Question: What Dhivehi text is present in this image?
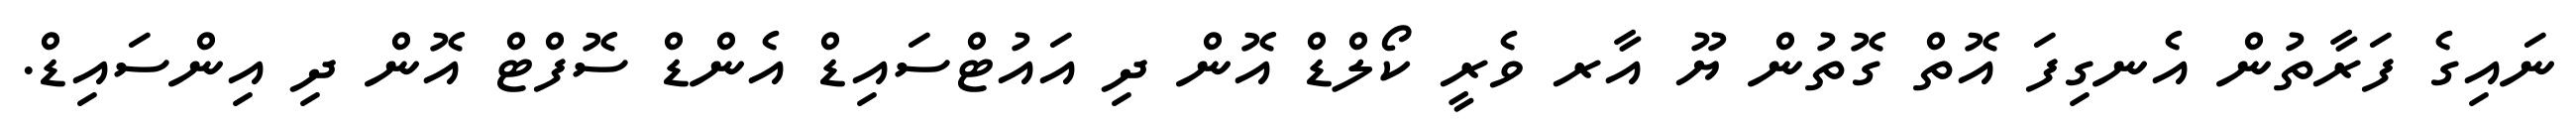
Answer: ނައިގެ ފަރާތުން އެނގިފަ އޮތް ގޮތުން ޔޫ އާރ ވެރީ ކޯލްޑް އޮން ދި އައުޓްސައިޑް އެންޑް ސޮފްޓް އޮން ދި އިންސައިޑް.